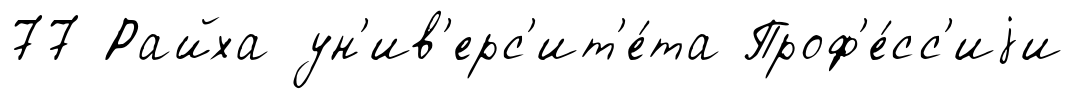
77 Райха ун'ив'ерс'ит'е́та Проф'е́сс'иjи